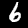
Digit: 6